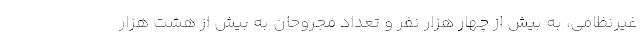
غیرنظامی، به بیش از چهار هزار نفر و تعداد مجروحان به بیش از هشت هزار